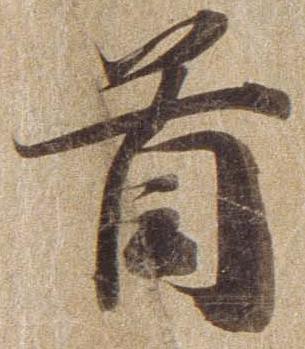
首